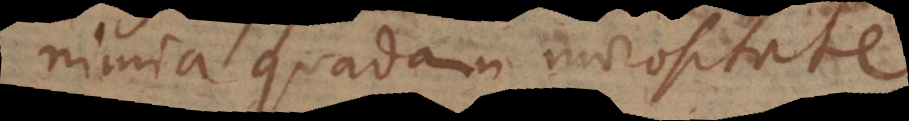
nimia quadam morositate